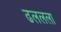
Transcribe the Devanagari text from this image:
ढललला